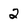
Character: 2